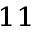
_ { 1 1 }